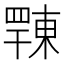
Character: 𢆦